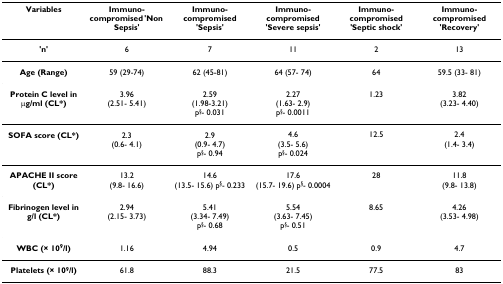
<table><thead><tr><td><b>Variables</b></td><td><b>Immuno-compromised &#x27;Non Sepsis&#x27;</b></td><td><b>Immuno-compromised &#x27;Sepsis&#x27;</b></td><td><b>Immuno-compromised &#x27;Severe sepsis&#x27;</b></td><td><b>Immuno-compromised &#x27;Septic shock&#x27;</b></td><td><b>Immuno-compromised &#x27;Recovery&#x27;</b></td></tr></thead><tbody><tr><td><b>&#x27;n&#x27;</b></td><td>6</td><td>7</td><td>11</td><td>2</td><td>13</td></tr><tr><td><b>Age (Range)</b></td><td>59 (29-74)</td><td>62 (45-81)</td><td>64 (57- 74)</td><td>64</td><td>59.5 (33- 81)</td></tr><tr><td><b>Protein C level in μg/ml (CL*)</b></td><td>3.96(2.51- 5.41)</td><td>2.59(1.98-3.21)p<sup>§</sup>- 0.031</td><td>2.27(1.63- 2.9)p<sup>§</sup>- 0.0011</td><td>1.23</td><td>3.82(3.23- 4.40)</td></tr><tr><td><b>SOFA score (CL*)</b></td><td>2.3(0.6- 4.1)</td><td>2.9(0.9- 4.7)p<sup>§</sup>- 0.94</td><td>4.6(3.5- 5.6)p<sup>§</sup>- 0.024</td><td>12.5</td><td>2.4(1.4- 3.4)</td></tr><tr><td><b>APACHE II score (CL*)</b></td><td>13.2(9.8- 16.6)</td><td>14.6(13.5- 15.6) p<sup>§</sup>- 0.233</td><td>17.6(15.7- 19.6) p<sup>§</sup>- 0.0004</td><td>28</td><td>11.8(9.8- 13.8)</td></tr><tr><td><b>Fibrinogen level in g/l (CL*)</b></td><td>2.94(2.15- 3.73)</td><td>5.41(3.34- 7.49)p<sup>§</sup>- 0.68</td><td>5.54(3.63- 7.45)p<sup>§</sup>- 0.51</td><td>8.65</td><td>4.26(3.53- 4.98)</td></tr><tr><td><b>WBC (× 10<sup>9</sup>/l)</b></td><td>1.16</td><td>4.94</td><td>0.5</td><td>0.9</td><td>4.7</td></tr><tr><td><b>Platelets (× 10<sup>9</sup>/l)</b></td><td>61.8</td><td>88.3</td><td>21.5</td><td>77.5</td><td>83</td></tr></tbody></table>